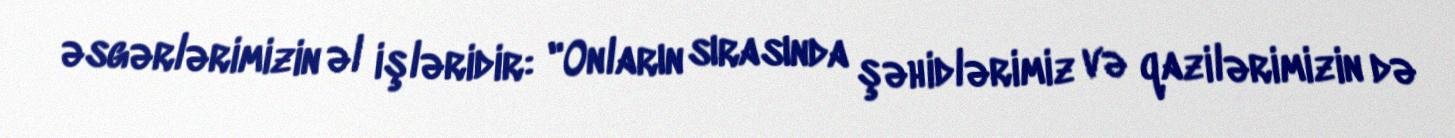
əsgərlərimizin əl işləridir: "Onların sırasında şəhidlərimiz və qazilərimizin də